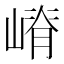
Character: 嵴